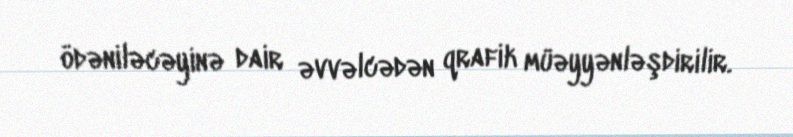
ödəniləcəyinə dair əvvəlcədən qrafik müəyyənləşdirilir.